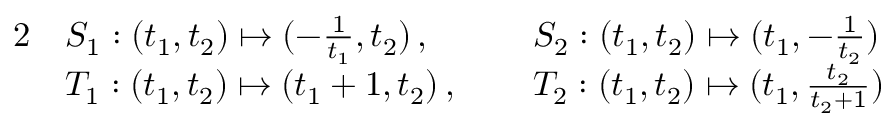
\begin{array} { r l r l } { { 2 } } & { S _ { 1 } : ( t _ { 1 } , t _ { 2 } ) \mapsto ( - \frac { 1 } { t _ { 1 } } , t _ { 2 } ) \, , \; } & & { S _ { 2 } : ( t _ { 1 } , t _ { 2 } ) \mapsto ( t _ { 1 } , - \frac { 1 } { t _ { 2 } } ) } \\ & { T _ { 1 } : ( t _ { 1 } , t _ { 2 } ) \mapsto ( t _ { 1 } + 1 , t _ { 2 } ) \, , \; } & & { T _ { 2 } : ( t _ { 1 } , t _ { 2 } ) \mapsto ( t _ { 1 } , \frac { t _ { 2 } } { t _ { 2 } + 1 } ) } \end{array}